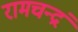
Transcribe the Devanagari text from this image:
रामचन्द्रं